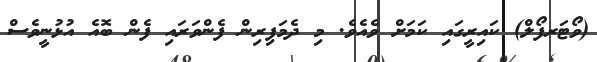
(ވޯޓަރފޯލް) ކައިރީގައި ކަމަށް ވެއެވެ. މި ދެމަފިރިން ފެންވަރައި ފެން ބޮއެ އުޅުނީވެސް